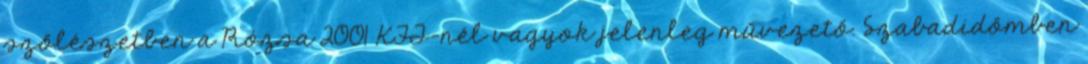
szőlészetben a Rózsa 2001 KFT-nél vagyok jelenleg művezető. Szabadidőmben